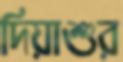
দিয়াশুর